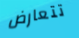
تتعارض